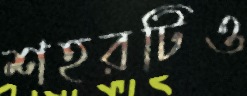
শহরটিও